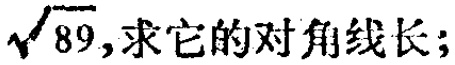
$\sqrt{89}$,求它的对角线长;